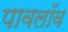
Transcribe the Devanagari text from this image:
पावलॉव